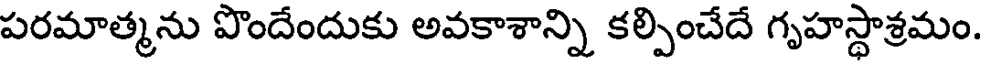
పరమాత్మను పొందేందుకు అవకాశాన్ని కల్పించేదే గృహస్థాశ్రమం.